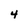
Character: 4